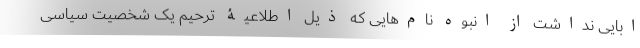
ابایی نداشت از انبوه نام‌هایی که ذیل اطلاعیۀ ترحیم یک شخصیت سیاسی